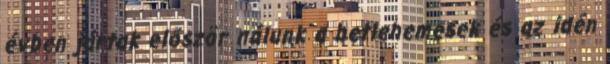
évben jártak először nálunk a betlehemesek és az idén